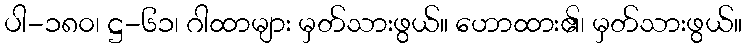
ပါ-၁၈၀၊ ဋ္ဌ-၆၁၊ ဂါထာများ မှတ်သားဖွယ်။ ဟောထား၏၊ မှတ်သားဖွယ်။